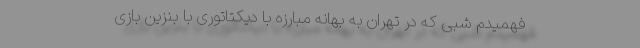
فهمیدم شبی که در تهران به بهانه مبارزه با دیکتاتوری با بنزین بازی